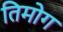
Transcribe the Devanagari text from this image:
तिमोग